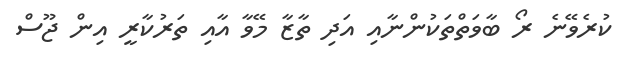
ކުރެވޭނެ ރޯ ބާވަތްތަކުންނާއި އަދި ތާޒާ މޭވާ އާއި ތަރުކާރީ އިން ޖޫސް